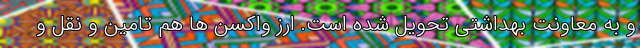
و به معاونت بهداشتی تحویل شده است. ارز واکسن ها هم تامین و نقل و